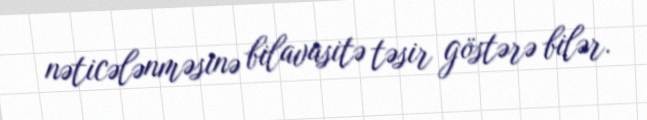
nəticələnməsinə bilavasitə təsir göstərə bilər.